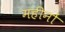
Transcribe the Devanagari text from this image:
महींनों